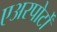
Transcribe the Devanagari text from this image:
एअरपोर्टों